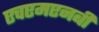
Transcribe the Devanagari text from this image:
एचएमएनबी